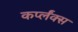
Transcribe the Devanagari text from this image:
कर्प्लंक्स